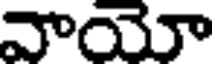
వాయో